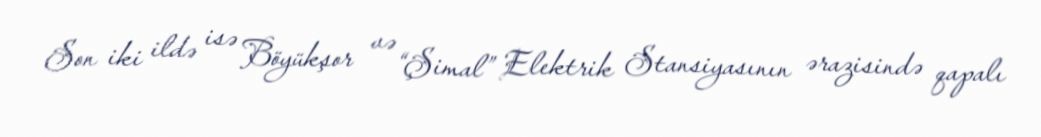
Son iki ildə isə Böyükşor və “Şimal” Elektrik Stansiyasının ərazisində qapalı